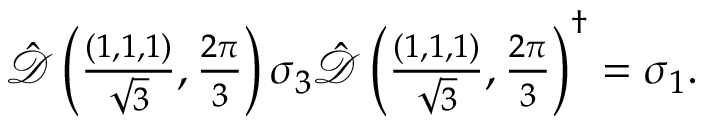
\begin{array} { r } { \hat { \mathcal { D } } \left( \frac { ( 1 , 1 , 1 ) } { \sqrt { 3 } } , \frac { 2 \pi } { 3 } \right) \sigma _ { 3 } \hat { \mathcal { D } } \left( \frac { ( 1 , 1 , 1 ) } { \sqrt { 3 } } , \frac { 2 \pi } { 3 } \right) ^ { \dagger } = \sigma _ { 1 } . } \end{array}